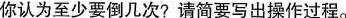
你认为至少要倒几次?请简要写出操作过程。